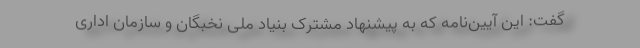
گفت: این آیین‌نامه که به پیشنهاد مشترک بنیاد ملی نخبگان و سازمان اداری